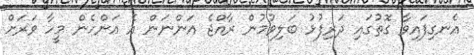
އެނގިފައިވާ ގޮތުގައި ދަރިފުޅު ބަލިވުމުން ރާއްޖެ އަންނަން އެ އަންހެން މީހާ ވަރަށް